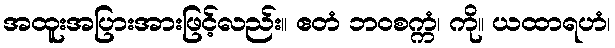
အထူးအပြားအားဖြင့်လည်း။ ဧတံ ဘဝစက္ကံ၊ ကို။ ယထာရဟံ၊